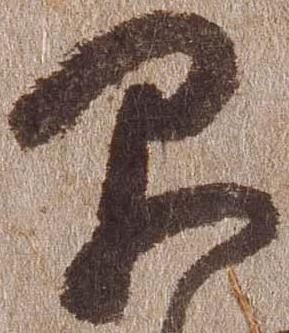
早